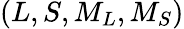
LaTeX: (L,S,{M}_{L},{M}_{S})